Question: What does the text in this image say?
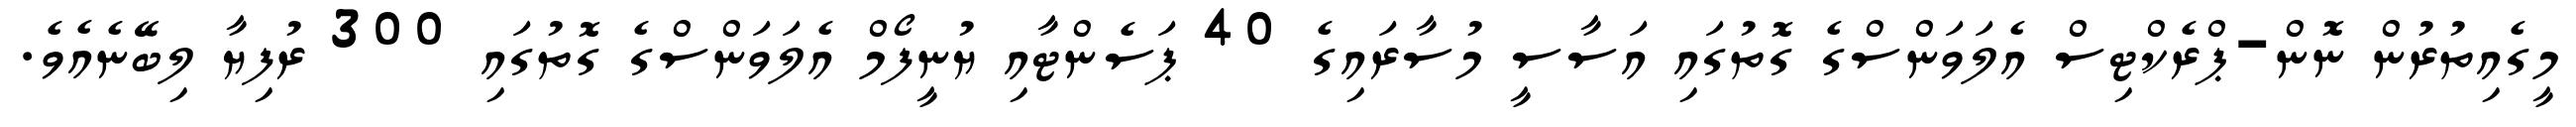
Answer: މީގެއިތުރުން ނޮން-ޕްރެކްޓިސް އެލަވަންސްގެ ގޮތުގައި އަސާސީ މުސާރައިގެ 40 ޕަސެންޓާއި ޔުނީފޯމް އެލަވަންސްގެ ގޮތުގައި 300 ރުފިޔާ ލިބޭނެއެވެ.